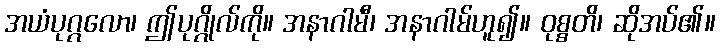
အယံပုဂ္ဂလော၊ ဤပုဂ္ဂိုလ်ကို။ အနာဂါမီ၊ အနာဂါမ်ဟူ၍။ ဝုစ္စတိ၊ ဆိုအပ်၏။